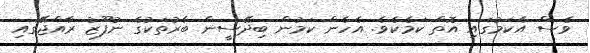
ވެސް އެކަމުގައި އޮތް ކަމެކެވެ. އެހެން ކަމުން ބިދޭސީން ބާރުތަކުގެ ނުފޫޒު ރާއްޖޭގައި